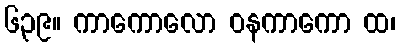
၆၃၉။ ကာကောလော ဝနကာကော ထ၊